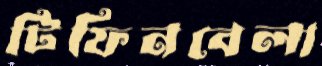
টিফিনবেলা